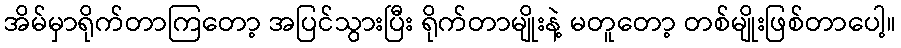
အိမ်မှာရိုက်တာကြတော့ အပြင်သွားပြီး ရိုက်တာမျိုးနဲ့ မတူတော့ တစ်မျိုးဖြစ်တာပေါ့။